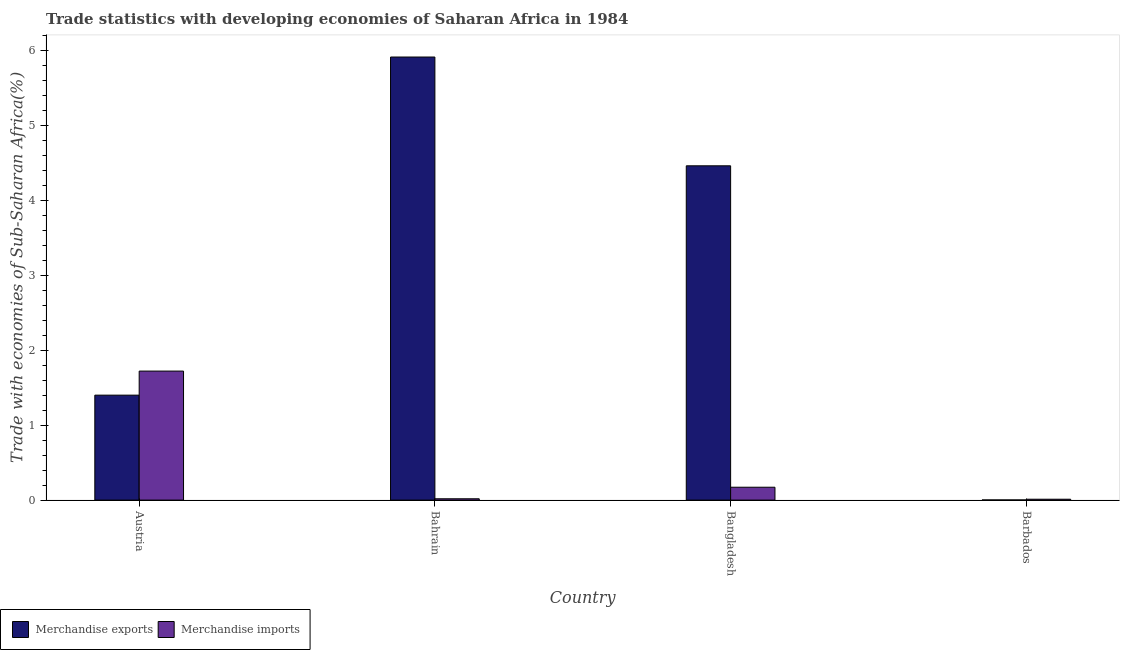
| Country | Merchandise exports | Merchandise imports |
 | --- | --- | --- |
 | Austria | 1.4 | 1.72 |
 | Bahrain | 5.91 | 0.0176 |
 | Bangladesh | 4.46 | 0.172 |
 | Barbados | 0.0018 | 0.0116 |